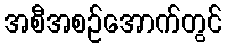
အစီအစဉ်အောက်တွင်